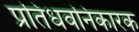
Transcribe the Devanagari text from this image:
प्रतिधवनिकारक